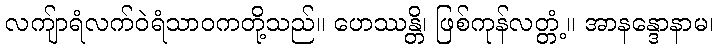
လကျ်ာရံလက်ဝဲရံသာဝကတို့သည်။ ဟေဿန္တိ၊ ဖြစ်ကုန်လတ္တံ့။ အာနန္ဒောနာမ၊